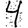
Digit: 4